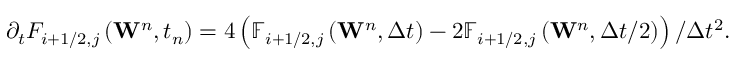
{ { \partial } _ { t } } { { F } _ { i + 1 / 2 , j } } \left( { { \mathbf { W } } ^ { n } } , { { t } _ { n } } \right) = 4 \left( { { \mathbb { F } } _ { i + 1 / 2 , j } } \left( { { \mathbf { W } } ^ { n } } , \Delta t \right) - 2 { { \mathbb { F } } _ { i + 1 / 2 , j } } \left( { { \mathbf { W } } ^ { n } } , \Delta t / 2 \right) \right) / \Delta { { t } ^ { 2 } } .